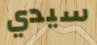
سيدي